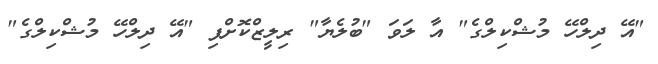
"އޭ ދިލްހޭ މުޝްކިލްގެ" އާ ލަވަ "ބުލެޔާ" ރިލީޒްކޮށްފި "އޭ ދިލްހޭ މުޝްކިލްގެ"